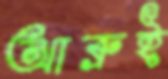
আব্রুই